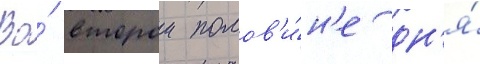
Во́ второи полов'и́н'е дн'я́